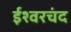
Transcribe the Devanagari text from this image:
ईश्वरचंद